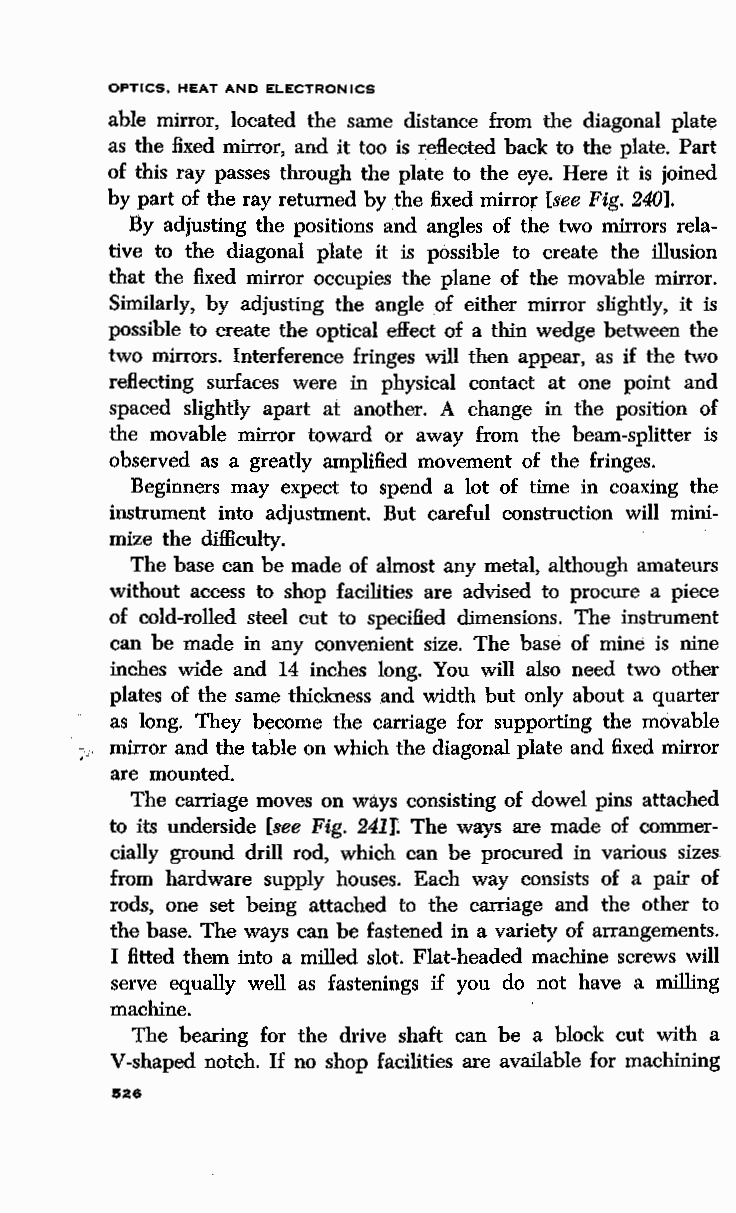
OPTICS, HEAT AND ELECTRONICS
 able mirror, located the same distance from the diagonal plate
 as the fixed mirror, and it too is reflected back to the plate. Part
 of this ray passes through the plate to the eye. Here it is joined
 by part of the ray returned by the fixed mirror [see Fig. 240].
 By adjusting the positions and angles of the two mirrors rela
 tive to the diagonal plate it is possible to create the illusion
 that the fixed mirror occupies the plane of the movable mirror.
 Similarly, by adjusting the angle of either mirror slightly, it is
 possible to create the optical effect of a thin wedge between the
 two mirrors. Interference fringes will then appear, as if the two
 reflecting surfaces were in physical contact at one point and
 spaced slightly apart at another. A change in the position of
 the movable mirror toward or away from the beam-splitter is
 observed as a greatly amplified movement of the fringes.
 Beginners may expect to spend a lot of time in coaxing the
 instrument into adjustment. But careful construction will mini
 mize the difficulty.
 The base can be made of almost any metal, although amateurs
 without access to shop facilities are advised to procure a piece
 of cold-rolled steel cut to specified dimensions. The instrument
 can be made in any convenient size. The base of mine is nine
 inches wide and 14 inches long. You will also need two other
 plates of the same thickness and width but only about a quarter
 as long. They become the carriage for supporting the movable
 , mirror and the table on which the diagonal plate and fixed mirror
 are mounted.
 The carriage moves on ways consisting of dowel pins attached
 to its underside [see Fig. 24U The ways are made of commer
 cially ground drill rod, which can be procured in various sizes
 from hardware supply houses. Each way consists of a pair of
 rods, one set being attached to the carriage and the other to
 the base. The ways can be fastened in a variety of arrangements.
 I fitted them into a milled slot. Flat-headed machine screws will
 serve equally well as fastenings if you do not have a milling
 machine.
 The bearing for the drive shaft can be a block cut with a.
 V- shaped notch. If no shop facilities are available for machining
 S26